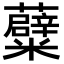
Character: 𮓒